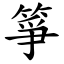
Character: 箏